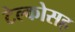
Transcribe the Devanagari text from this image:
टेल्कोसह